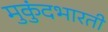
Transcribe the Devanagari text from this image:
मुकुंदभारती